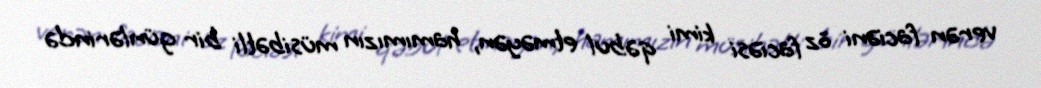
verən faciəni öz faciəsi kimi qəbul etməyən, hamımızın müsibətli bir günlərində